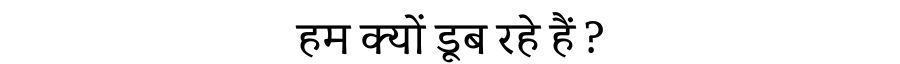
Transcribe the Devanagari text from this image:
हम क्यों डूब रहे हैं ?